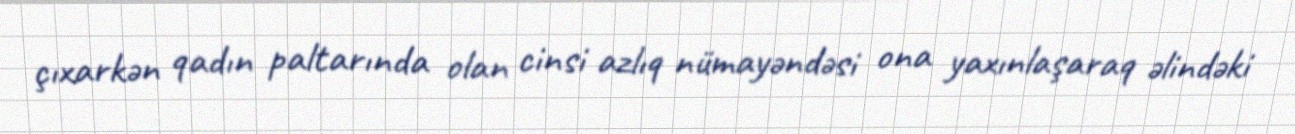
çıxarkən qadın paltarında olan cinsi azlıq nümayəndəsi ona yaxınlaşaraq əlindəki